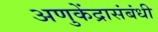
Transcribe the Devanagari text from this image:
अणुकेंद्रासंबंधी